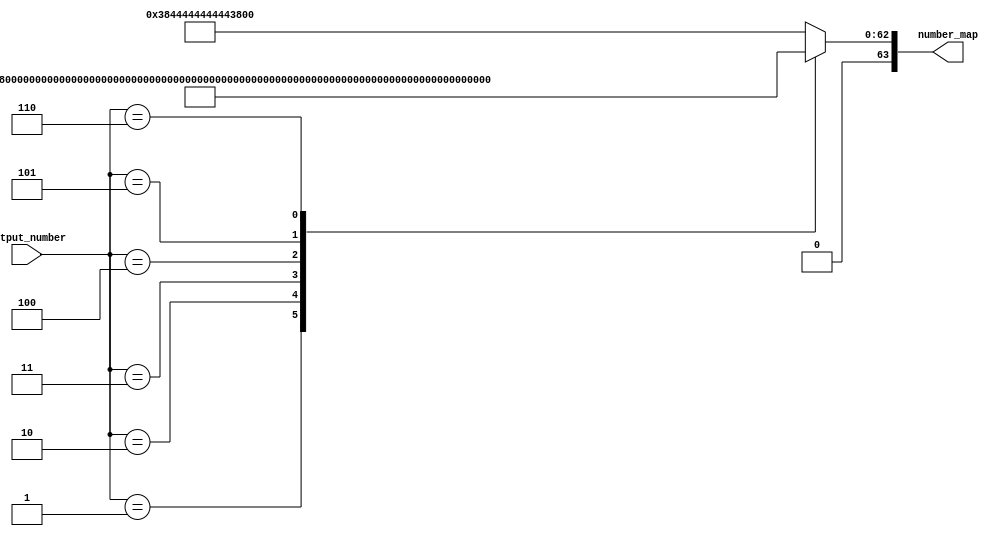
/*
   This file was generated automatically by the Mojo IDE version B1.3.6.
   Do not edit this file directly. Instead edit the original Lucid source.
   This is a temporary file and any changes made to it will be destroyed.
*/

module number_15 (
    output reg [63:0] number_map,
    input [2:0] output_number
  );
  
  
  
  always @* begin
    number_map = 64'h3844444444443800;
    
    case (output_number)
      1'h0: begin
        number_map = 64'h3844444444443800;
      end
      1'h1: begin
        number_map = 64'h3810101010181000;
      end
      2'h2: begin
        number_map = 64'h7c043c4040443800;
      end
      2'h3: begin
        number_map = 64'h3844403840443800;
      end
      3'h4: begin
        number_map = 64'h20207c2428302000;
      end
      3'h5: begin
        number_map = 64'h384440403c047c00;
      end
      3'h6: begin
        number_map = 64'h3844443c04443800;
      end
    endcase
  end
endmodule